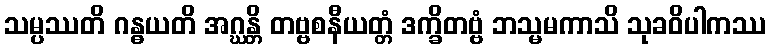
သမ္ပဿတိ ဂန္ဓယတိ အဂ္ဃန္တိ တဗ္ဗစနီယတ္တံ ဒက္ခိတဗ္ဗံ ဘသ္မမကာသိ သုခဝိပါကဿ